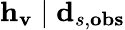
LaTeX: \mathbf{h}_{\mathbf{v}}\mid\mathbf{d}_{s,\mathbf{obs}}